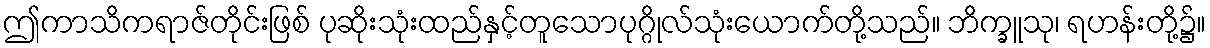
ဤကာသိကရာဇ်တိုင်းဖြစ် ပုဆိုးသုံးထည်နှင့်တူသောပုဂ္ဂိုလ်သုံးယောက်တို့သည်။ ဘိက္ခူသု၊ ရဟန်းတို့၌။